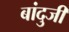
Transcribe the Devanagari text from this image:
बांदुजी